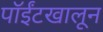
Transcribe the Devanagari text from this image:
पॉईंटखालून